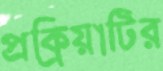
প্রক্রিয়াটির